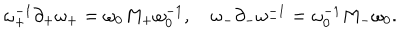
LaTeX: \omega _ { + } ^ { - 1 } \partial _ { + } \omega _ { + } = \omega _ { 0 } M _ { + } \omega _ { 0 } ^ { - 1 } , \quad \omega _ { - } \partial _ { - } \omega _ { - } ^ { - 1 } = \omega _ { 0 } ^ { - 1 } M _ { - } \omega _ { 0 } .